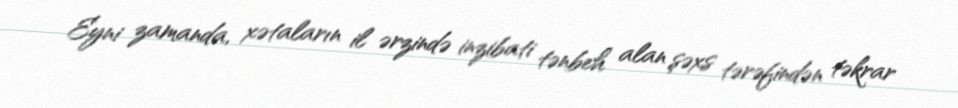
Eyni zamanda, xətaların il ərzində inzibati tənbeh alan şəxs tərəfindən təkrar